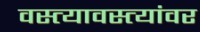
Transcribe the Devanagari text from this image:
वस्त्यावस्त्यांवर